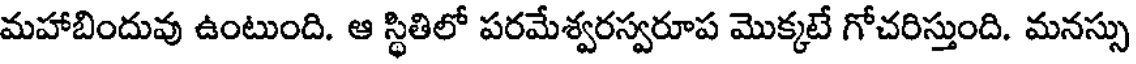
మహాబిందువు ఉంటుంది. ఆ స్థితిలో పరమేశ్వరస్వరూప మొక్కటే గోచరిస్తుంది. మనస్సు